Report of the Indian Hemp Drugs Commission, 1894-1895 - Volume VII
Year: 1894
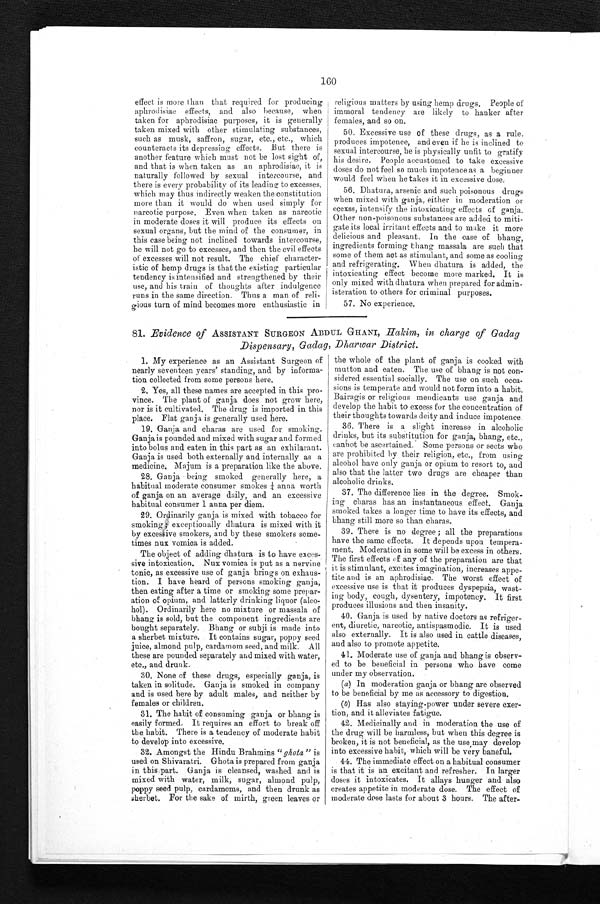
160
effect is more than that required for producing
aphrodisiac effects, and also because, when
taken for aphrodisiac purposes, it is generally
taken mixed with other stimulating substances,
such as musk, saffron, sugar, etc., etc., which
counteracts its depressing effects. But there is
another feature which must not be lost sight of,
and that is when taken as an aphrodisiac, it is
naturally followed by sexual intercourse, and
there is every probability of its leading to excesses,
which may thus indirectly weaken the constitution
more than it would do when used simply for
narcotic purpose. Even when taken as narcotic
in moderate doses it will produce its effects on
sexual organs, but the mind of the consumer, in
this case being not inclined towards intercourse,
he will not go to excesses, and then the evil effects
of excesses will not result. The chief character-
istic of hemp drugs is that the existing particular
tendency is intensified and strengthened by their
use, and his train of thoughts after indulgence
runs in the same direction. Thus a man of
r e l i ¬ g i o u s t u r n o f m i n d b e c o m e s m o r e e n t h u s i a s t i c i n
religious matters by using hemp drugs. People of
immoral tendency are likely to hanker after
females, and so on.
50. Excessive use of these drugs, as a rule,
produces impotence, and even if he is inclined to
sexual intercourse, he is physically unfit to gratify
his desire. People accustomed to take excessive
doses do not feel so much impotence as a beginner
would feel when he takes it in excessive dose.
56. Dhatura, arsenic and such poisonous drugs
when mixed with ganja, either in moderation or
excess, intensify the intoxicating effects of ganja.
Other non-poisonous substances are added to miti-
gate its local irritant effects and to make it more
delicious and pleasant. In the case of bhang,
ingredients forming bhang massala are such that
some of them act as stimulant, and some as cooling
and refrigerating. When dhatura is added, the
intoxicating effect become more marked. It is
only mixed with dhatura when prepared for admin-
isteration to others for criminal purposes.
57. No experience.
81. Evidence of ASSISTANT SURGEON ABDUL GHANI, Hakim, in charge of Gadag
Dispensary, Gadag, Dharwar District.
1. My experience as an Assistant Surgeon of
nearly seventeen years' standing, and by informa-
tion collected from some persons here.
2. Yes, all these names are accepted in this pro-
vince. The plant of ganja does not grow here,
nor is it cultivated. The drug is imported in this
place. Flat ganja is generally used here.
19. Ganja and charas are used for smoking.
Ganja is pounded and mixed with sugar and formed
into bolus and eaten in this part as an exhilarant.
Ganja is used both externally and internally as a
medicine. Majum is a preparation like the above.
28. Ganja being smoked generally here, a
habitual moderate consumer smokes 1/4 anna worth
of ganja on an average daily, and an excessive
habitual consumer 1 anna per diem.
29. Ordinarily ganja is mixed with tobacco for
smoking ; exceptionally dhatura is mixed with it
by excessive smokers, and by these smokers some-
times nux vomica is added.
The object of adding dhatura is to have exces-
sive intoxication. Nux vomica is put as a nervine
tonic, as excessive use of ganja brings on exhaus-
tion. 1 have heard of persons smoking ganja,
then eating after a time or smoking some prepar-
ation of opium, and latterly drinking liquor (alco-
hol). Ordinarily here no mixture or massala of
bhang is sold, but the component ingredients are
bought separately. Bhang or subji is made into
a sherbet mixture. It contains sugar, poppy seed
juice, almond pulp, cardamom seed, and milk. All
these are pounded separately and mixed with water,
etc., and drunk.
30. None of these drugs, especially ganja, is
taken in solitude. Ganja is smoked in company
and is used here by adult males, and neither by
females or children.
31. The habit of consuming ganja or bhang is
easily formed. It requires an effort to break off
the habit. There is a tendency of moderate habit
to develop into excessive.
32. Amongst the Hindu Brahmins " ghota " is
used on Shivaratri. Ghota is prepared from ganja
in this part. Ganja is cleansed, washed and is
mixed with water, milk, sugar, almond pulp
poppy seed pulp, cardamoms, and then drunk as
sherbet. For the sake of mirth, green leaves or
the whole of the plant of ganja is cooked with
mutton and eaten. The use of bhang is not con-
sidered essential socially. The use on such occa-
sions is temperate and would not form into a habit.
Bairagis or religious mendicants use ganja and
develop the habit to excess for the concentration of
their thoughts towards deity and induce impotence.
36. There is a slight increase in alcoholic
drinks, but its substitution for ganja, bhang, etc.,
cannot he ascertained. Some persons or sects who
are prohibited by their religion, etc., from using
alcohol have only ganja or opium to resort to, and
also that the latter two drugs are cheaper than
alcoholic drinks.
37. The difference lies in the degree. Smok-
ing charas has an instantaneous effect. Ganja
smoked takes a longer time to have its effects, and
bhang still more so than charas.
39. There is no degree ; all the preparations
have the same effects. It depends upon tempera-
ment. Moderation in some will be excess in others.
The first effects of any of the preparation are that
it is stimulant, excites imagination, increases appe-
tite and is an aphrodisiac. The worst effect of
excessive use is that it produces dyspepsia, wast-
ing body, cough, dysentery, impotency. It first
produces illusions and then insanity.
40. Ganja is used by native doctors as refriger-
ent, diuretic, narcotic, antispasmodic. It is used
also externally. It is also used in cattle diseases,
and also to promote appetite.
41. Moderate use of ganja and bhang is observ-
ed to be beneficial in persons who have come
under my observation.
(a) In moderation ganja or bhang are observed
to be beneficial by me as accessory to digestion.
(b) Has also staying-power under severe exer-
tion, and it alleviates fatigue.
42. Medicinally and in moderation the use of
the drug will be harmless, but when this degree is
broken, it is not beneficial, as the use, may develop
into excessive habit, which will be very baneful.
44. The i mmedi ate i s effect on a habi tual consumer
is that it is an excitant and refresher. In larger
doses it intoxicates. It allays hunger and also
creates appetite in moderate dose. The effect of
moderate dose lasts for about 3 hours. The after-